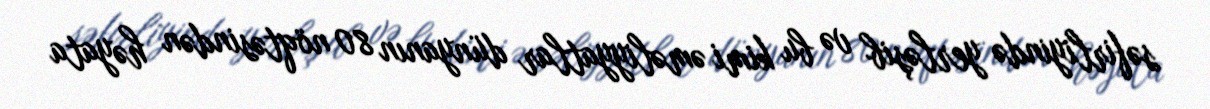
səfirliyində yerləşib və bu kimi əməliyyatlar dünyanın 80 nöqtəsindən həyata